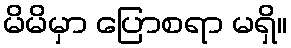
မိမိမှာ ပြောစရာ မရှိ။